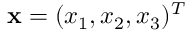
{ \bf x } = ( x _ { 1 } , x _ { 2 } , x _ { 3 } ) ^ { T }